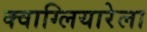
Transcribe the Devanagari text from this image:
क्वाग्लियारेला